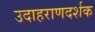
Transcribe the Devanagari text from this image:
उदाहराणदर्शक